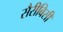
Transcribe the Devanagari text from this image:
सैरीबिसी